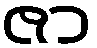
ဇာ